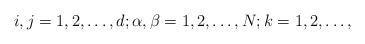
LaTeX: \begin{align*}i,j=1,2,\dots,d;\alpha,\beta=1,2,\dots,N;k=1,2,\dots,\end{align*}